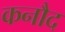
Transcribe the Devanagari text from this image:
कनौद